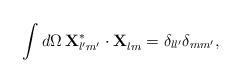
\begin{align*}\int d\Omega\, {\bf X}^*_{l'm'}\cdot {\bf X}^{\vphantom{*}}_{lm}=\delta_{ll'}\delta_{mm'},\end{align*}